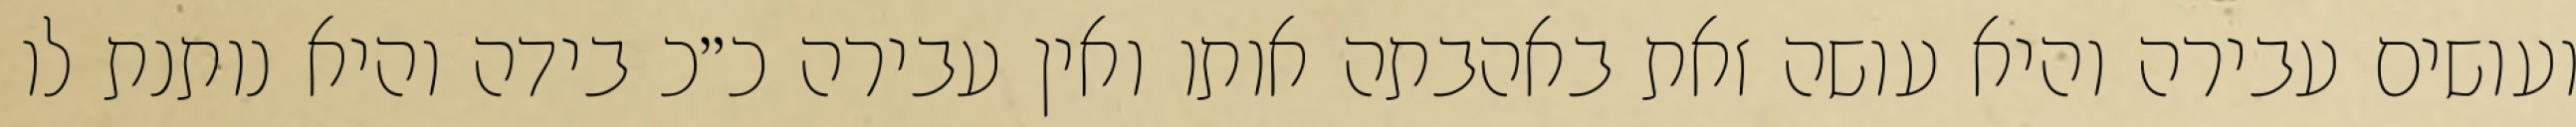
ועושים עבירה והיא עושה זאת באהבתה אותו ואין עבירה כ״כ בידה והיא נותנת לו